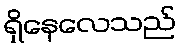
ရှိနေလေသည်